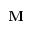
\mathbf { M }